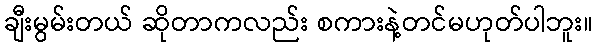
ချီးမွမ်းတယ် ဆိုတာကလည်း စကားနဲ့တင်မဟုတ်ပါဘူး။